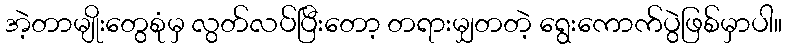
အဲ့တာမျိုးတွေစုံမှ လွတ်လပ်ပြီးတော့ တရားမျှတတဲ့ ရွေးကောက်ပွဲဖြစ်မှာပါ။